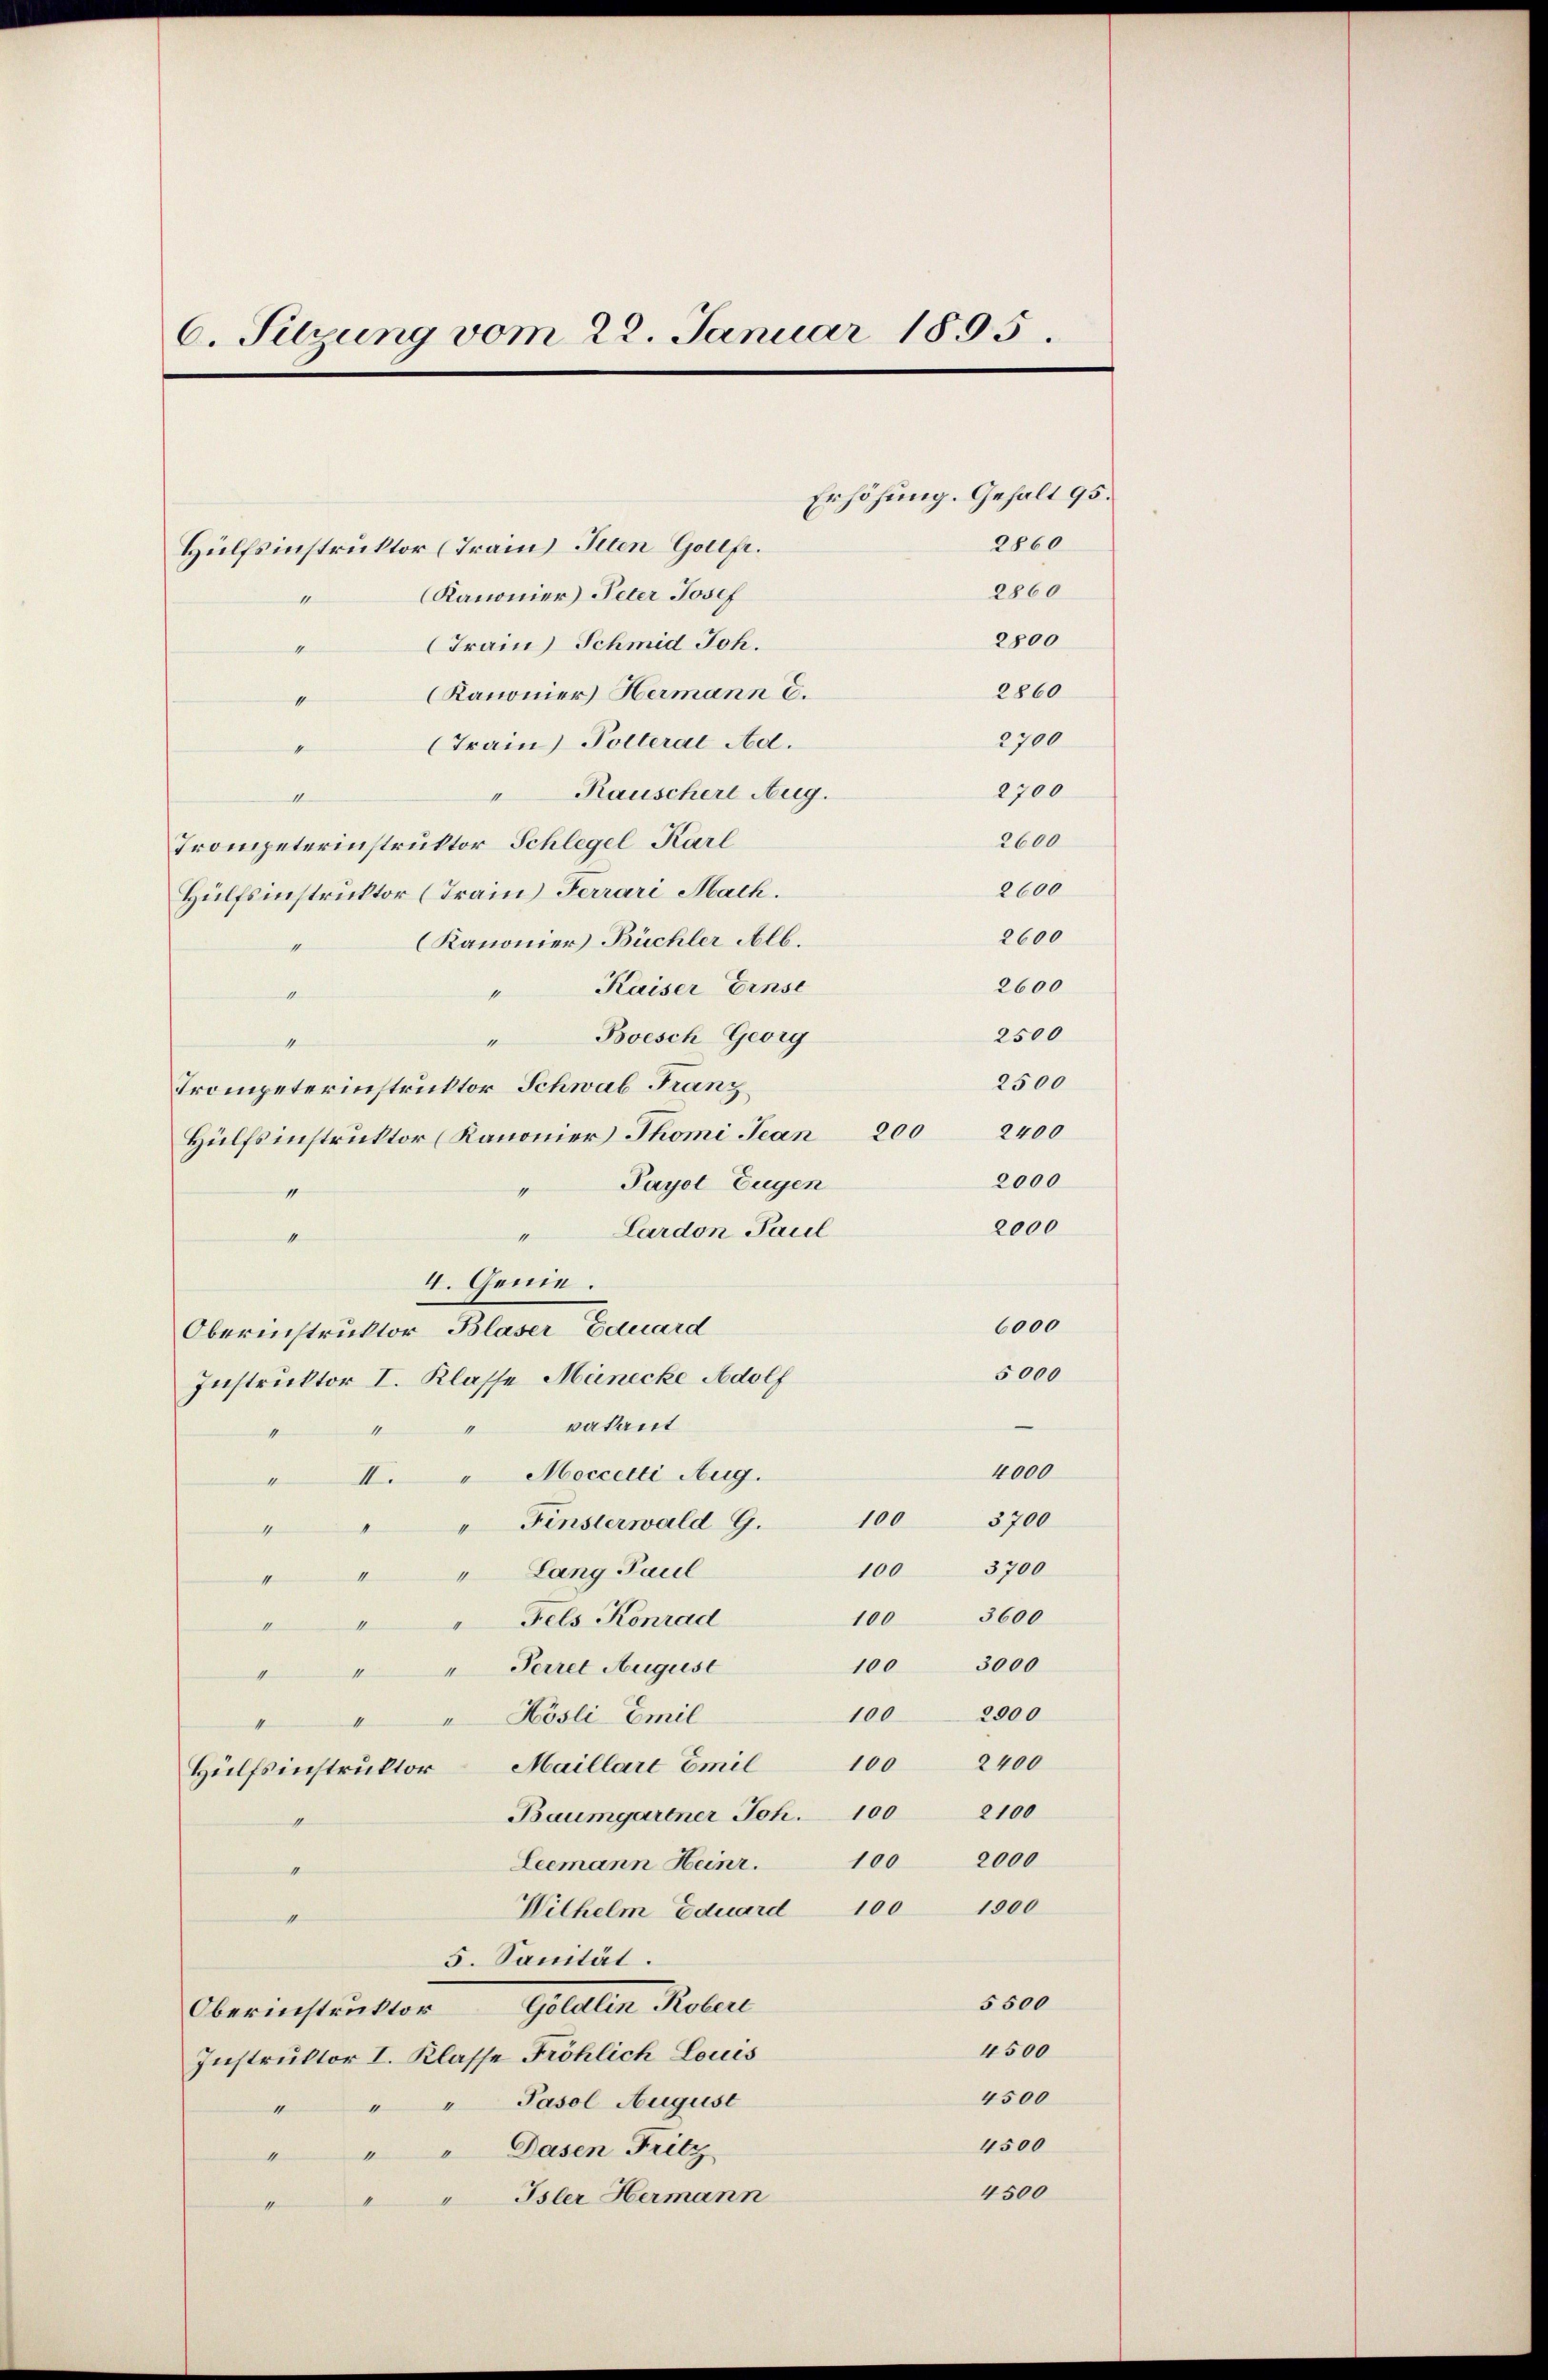
6. Silzung vom 22. Januar 1895.

Hülfsinstruktor (Train Peten Gottfr.
Kanonier Peter Josef
2800
Train Schmid Joh.
2860
Kanonier Hermann C.
1
2700
(Train Polteral Ad.
2700
Rauscher Aug.
e
2600
Trompeterinstruktor Schlegel Karl
2600
Hülfsinstruktor (Frain Ferrari Mach.
2600
Kanonier Büchler Alb.
1
2600
Kaiser Einse
1
si
"Boesch Georg
n
Trompeterinstruktor Schwab Franz
Hülfsinstruktor (Kanonier Thomi Jean 200 2400
Payol Eugen
1
4
" Lardon Pacel
e
4. Genie.
Oberinstruktor Blaser Eduard
5000
Instruktor I. Klasse Münecke Adolf
—
vakant
4
1
1
4000
II. Moccetti Aug.
1
100 3700
Finsterwald G.
1
h
3700
100
" " " Lang Paul
3600
100
Fels Konrad
Nennung de
100 3000
"Perret August
11
1
2000
100
I " Hösli Emil
4
2400
100
Hülfsinstruktor Maillare Emil
2100
Baumgartner Joh. 100
2000
100
Leemann Heinr.
Wilhelm Eduard 100 1500
1
5. Sanität.
5500
Geldten Noter
Oberinstruktor
4500
Instruktor I. Klasse Fröhlich Louis
4500
" Pasol August
1
4500
" " " Dasen Fritz
4500
Isler Hermann
1

11
4

2860

Erhöhung. Gehalt 95.
2860

2500
2500
2000
2000

6000